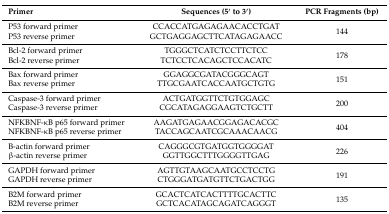
<table><thead><tr><td><b>Primer</b></td><td><b>Sequences (5′ to 3′)</b></td><td><b>PCR Fragments (bp)</b></td></tr></thead><tbody><tr><td>P53 forward primer</td><td>CCACCATGAGAGAACACCTGAT</td><td rowspan="2">144</td></tr><tr><td>P53 reverse primer</td><td>GCTGAGGAGCTTCATAGAGAACC</td></tr><tr><td>Bcl-2 forward primer</td><td>TGGGCTCATCTCCTTCTCC</td><td rowspan="2">178</td></tr><tr><td>Bcl-2 reverse primer</td><td>TCTCCTCACAGCTCCACATC</td></tr><tr><td>Bax forward primer</td><td>GGAGGCGATACGGGCAGT</td><td rowspan="2">151</td></tr><tr><td>Bax reverse primer</td><td>TTGCGAATCACCAATGCTGTG</td></tr><tr><td>Caspase-3 forward primer</td><td>ACTGATGGTTCTGTGGAGC</td><td rowspan="2">200</td></tr><tr><td>Caspase-3 reverse primer</td><td>CGCATAGAGGAAGTCTGCTT</td></tr><tr><td>NFKBNF-κB p65 forward primer</td><td>AAGATGAGAACGGAGACACGC</td><td rowspan="2">404</td></tr><tr><td>NFKBNF-κB p65 reverse primer</td><td>TACCAGCAATCGCAAACAACG</td></tr><tr><td>B-actin forward primer</td><td>CAGGGCGTGATGGTGGGGAT</td><td rowspan="2">226</td></tr><tr><td>β-actin reverse primer</td><td>GGTTGGCTTTGGGGTTGAG</td></tr><tr><td>GAPDH forward primer</td><td>AGTTGTAAGCAATGCCTCCTG</td><td rowspan="2">191</td></tr><tr><td>GAPDH reverse primer</td><td>CTGGGATGATGTTCTGACTGG</td></tr><tr><td>B2M forward primer</td><td>GCACTCATCACTTTTGCACTTC</td><td rowspan="2">135</td></tr><tr><td>B2M reverse primer</td><td>GCTCACATAGCAGATCAGGGT</td></tr></tbody></table>